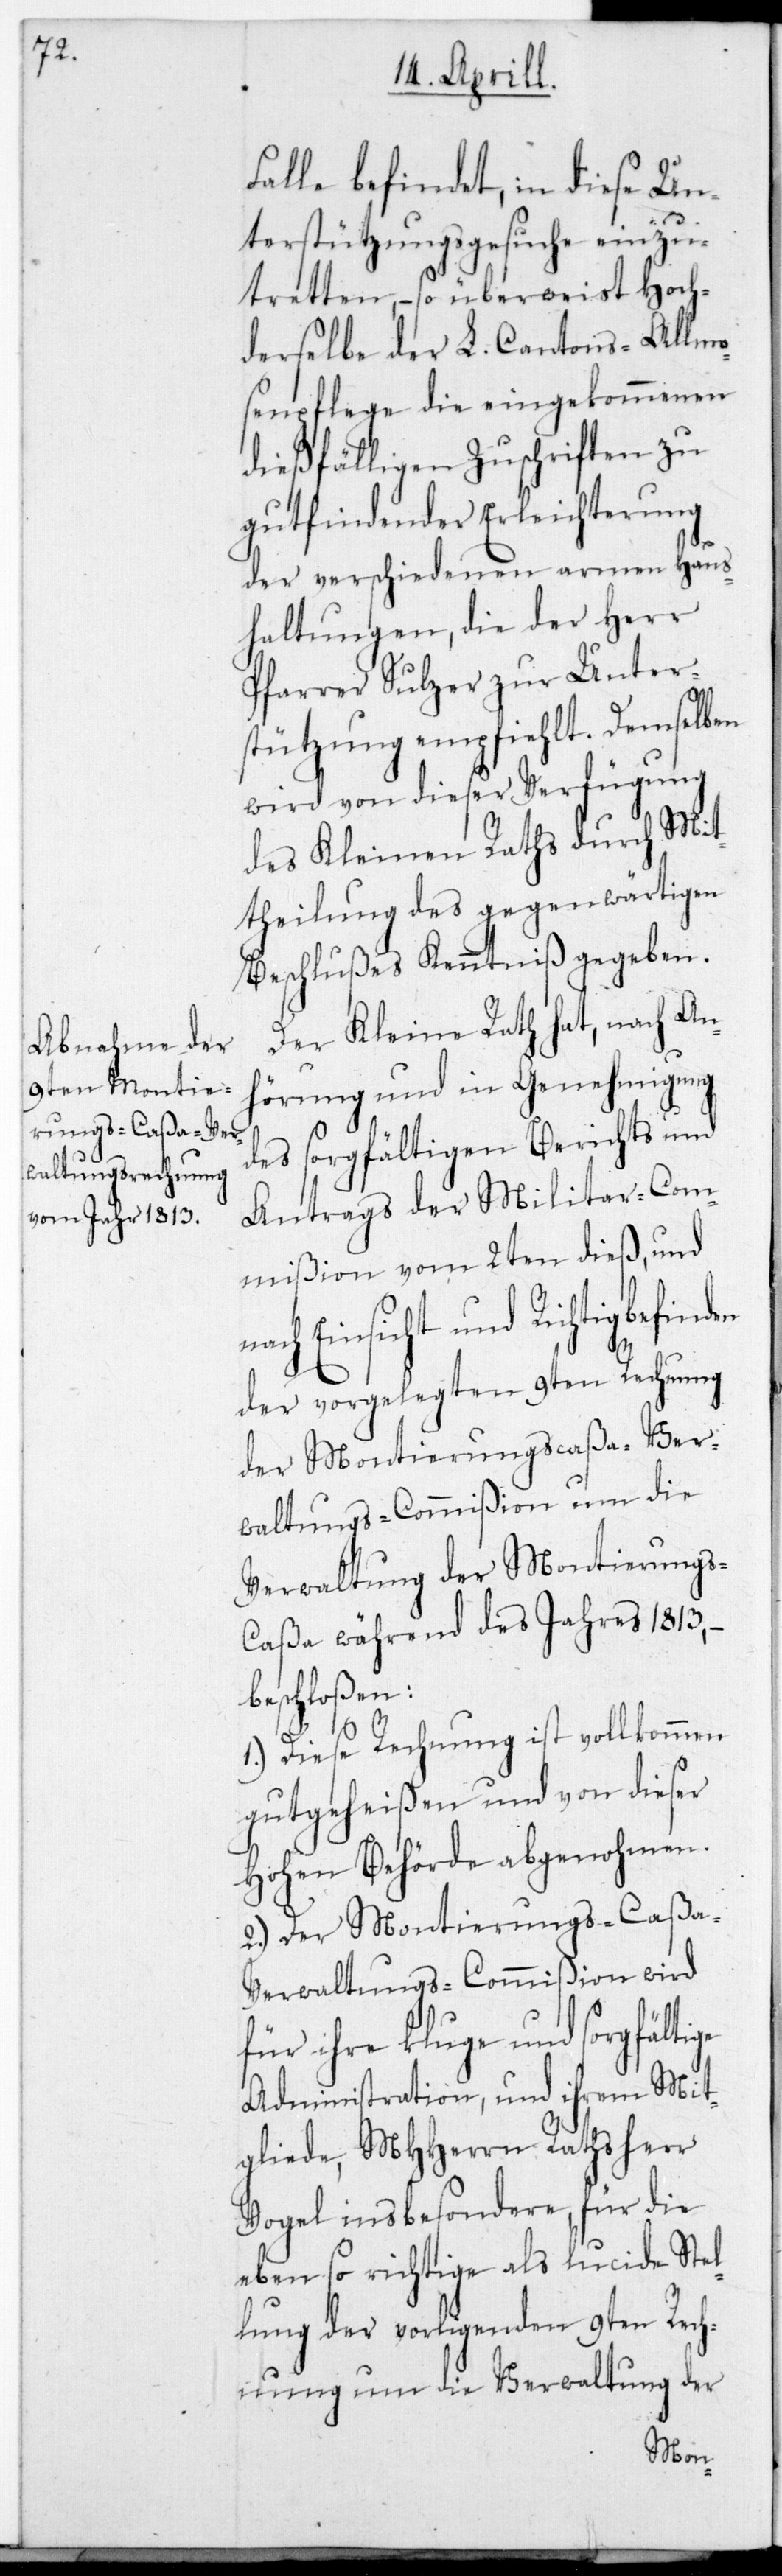
Falle befindet, in diese Un¬
terstützungsgesuche einzu¬
tretten, – so überweist Hoch¬
derselbe der L. Cantons-Allmo¬
senpflege die eingekommenen
dießfälligen Zuschriften zu
gut findender Erleichterung
der verschiedenen armen Haus¬
haltungen, die der Herr
Pfarrer Sulzer zur Unter¬
stützung empfiehlt. Demselben
wird von dieser Verfügung
des Kleinen Raths durch Mit¬
theilung des gegenwärtigen
Beschlußes Kenntniß gegeben.
Der Kleine Rath hat, nach An¬
hörung und in Genehmigung
des sorgfältigen Berichts und
Antrags der Militar-Com¬
mißion vom 2ten dieß, und
Einsicht und Richtigbefin¬
der vorgelegten 9ten Rechnung
der Montierungscaßa-Ver¬
waltungs-Commißion um die
Verwaltung der Montierungs¬
caßa während des Jahres 1813,
beschloßen:
1.) Diese Rechnung ist vollkommen
gutgeheißen und von dieser
Hohen Behörde abgenohmen.
2.) Der Montierungs-Caßa-V¬
erwaltungs-Commißion wird
für ihre kluge und sorgfältige
Administration und ihrem Mit¬
gliede, MHHerrn Rathsherr
Vogel insbesondere, für die
eben so richtige als lucide Stel¬
lung der vorligenden 9ten Rech¬
nung um die Verwaltung der
den